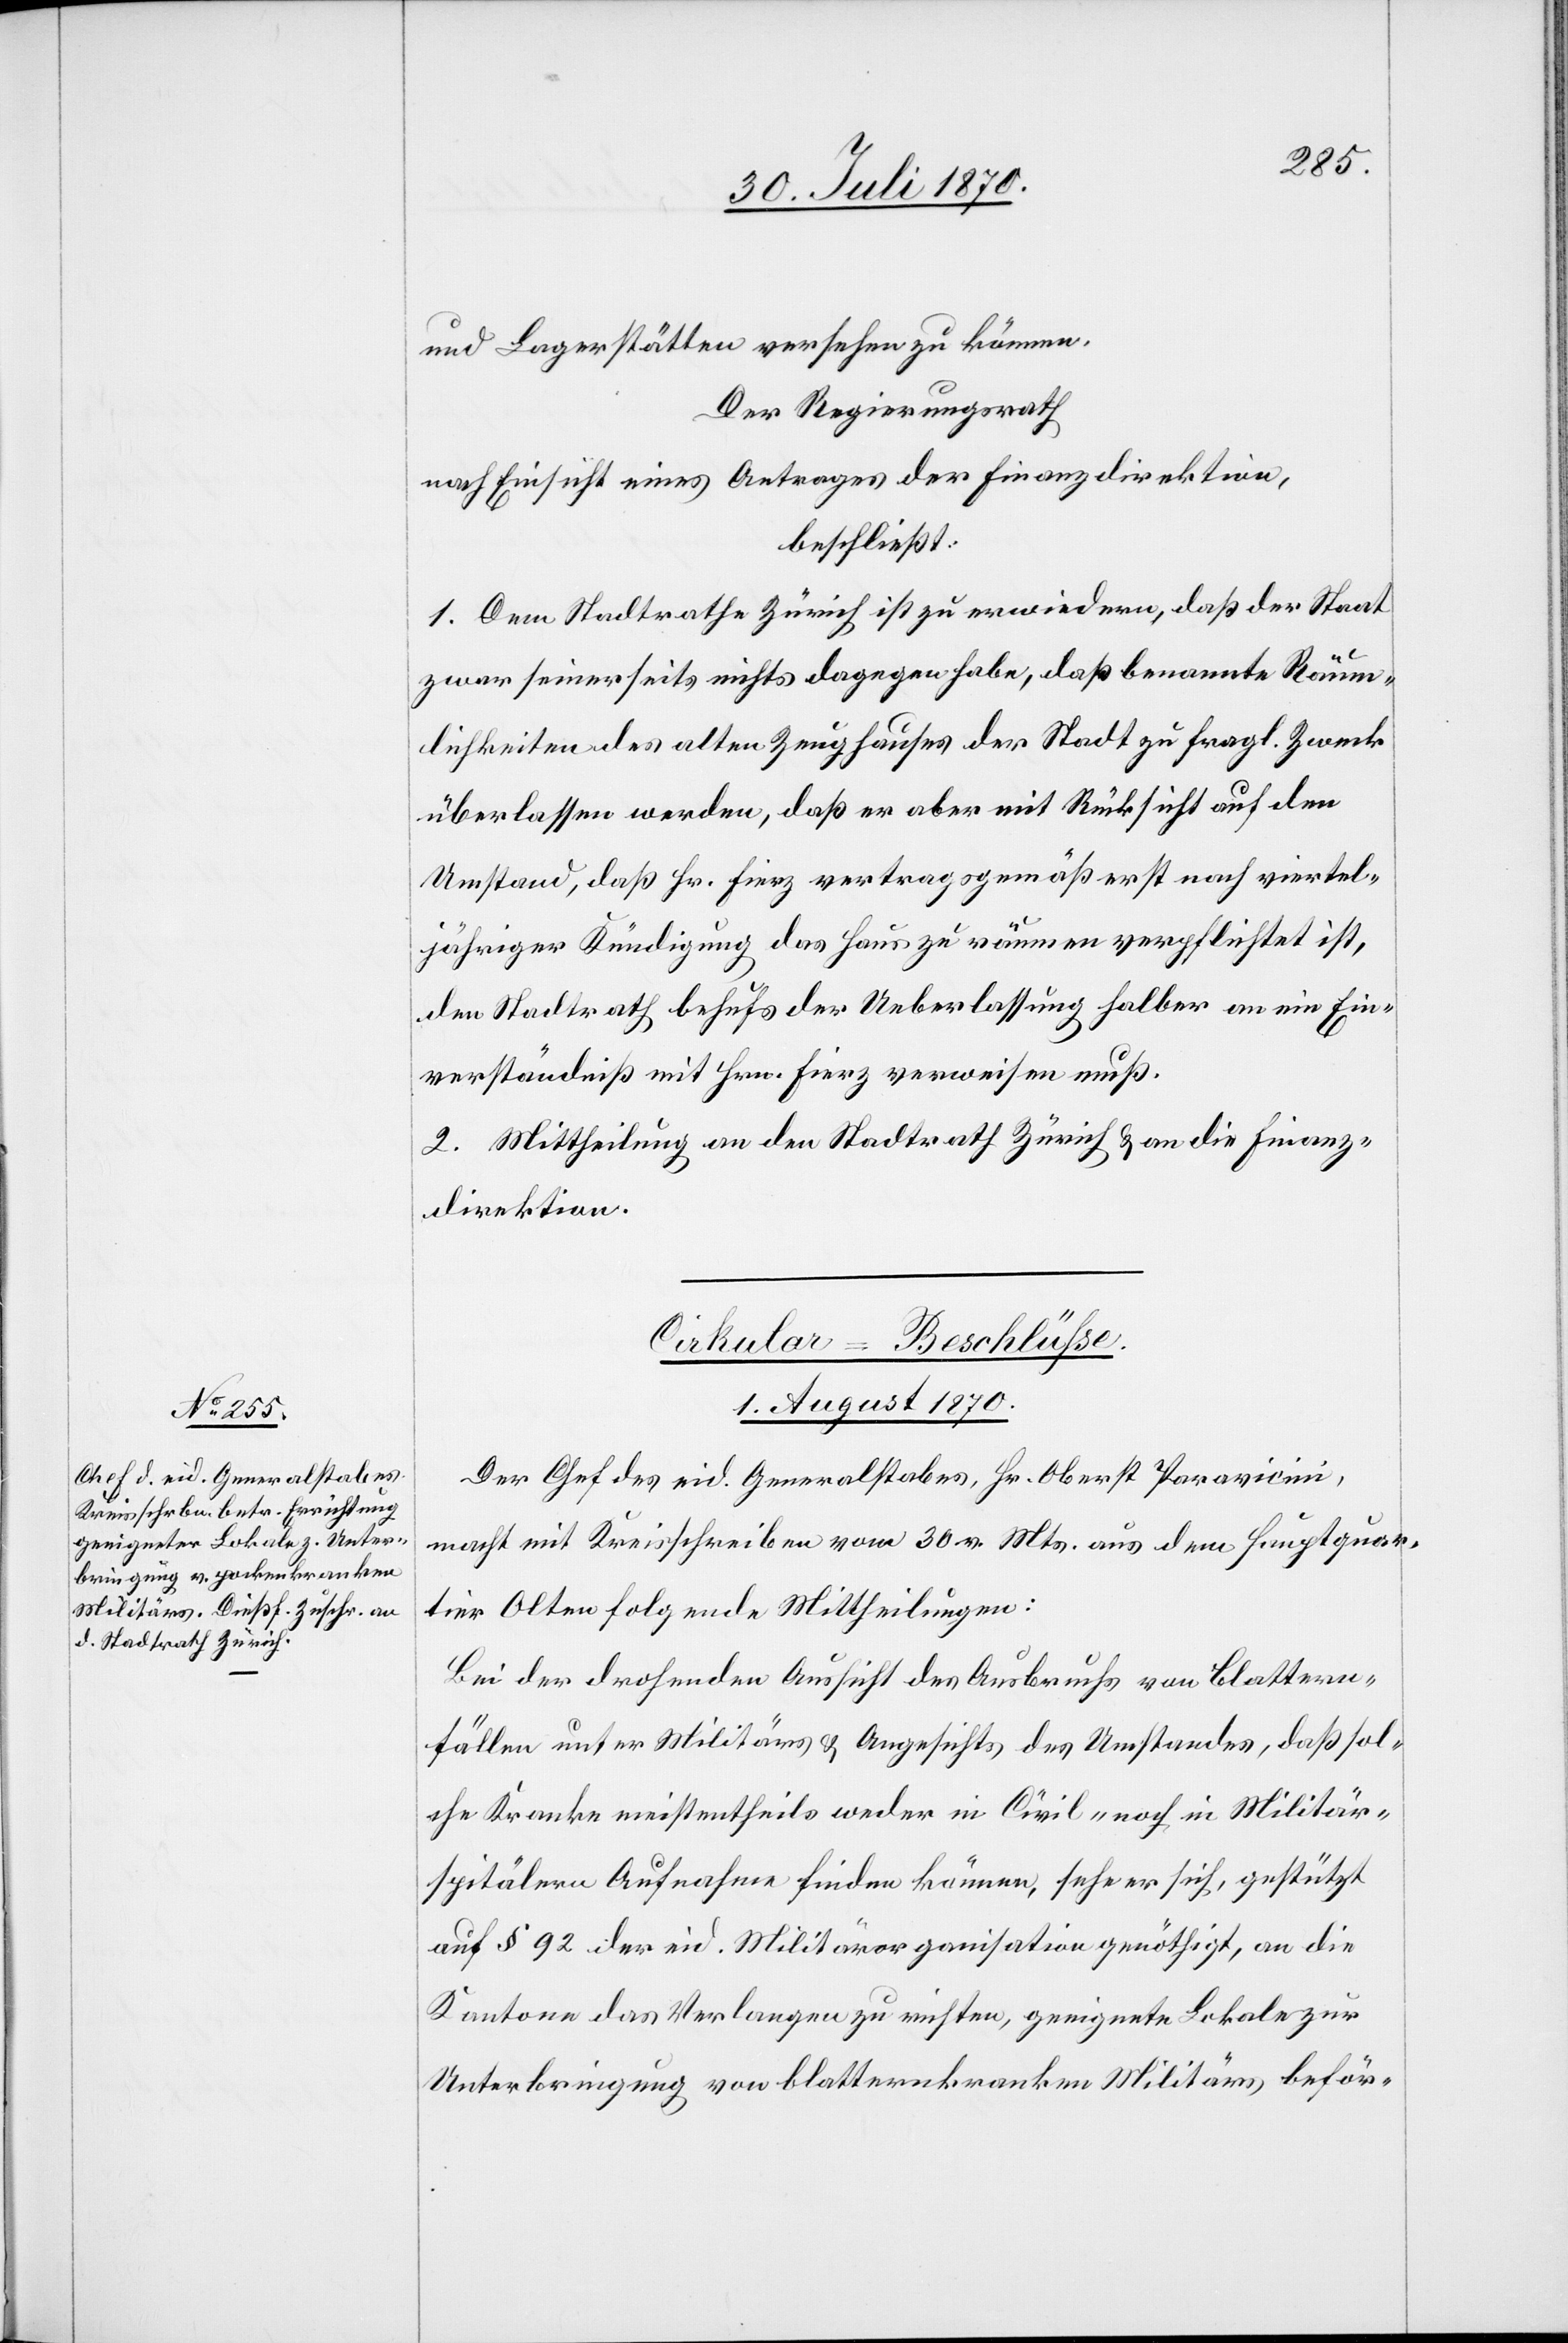
und Lagerstätten versehen zu können.
Der Regierungsrath
nach Einsicht eines Antrages der Finanzdirektion,
beschließt:
1. Dem Stadtrathe Zürich ist zu erwiedern, daß der Staat
zwar seinerseits nichts dagegen habe, daß benannte Räum¬
lichkeiten des alten Zeughauses der Stadt zu fragl. Zweck
überlassen werden, daß er aber mit Rücksicht auf den
Umstand, daß Hr. Fierz vertragsgemäß erst nach viertel¬
jährlicher Kündigung das Haus zu räumen verpflichtet ist,
den Stadtrath behufs der Ueberlassung halber an ein Ein¬
verständniß mit Hrn. Fierz verweisen muß.
2. Mittheilung an den Stadtrath Zürich & an die Finanz¬
direktion.
Cirkular-Beschlüsse.
1. August 1870.
Der Chef des eid. Generalstabes, Hr. Oberst Paravicini,
macht mit Kreisschreiben vom 30. v. Mts. aus dem Hauptquar¬
tier Olten folgende Mittheilungen:
Bei der drohenden Aussicht des Ausbruchs von Blattern¬
fällen unter Militärs & Angesichts des Umstandes, daß sol¬
che Kranke meistentheils wieder in Civil- noch in Militär¬
spitälern Aufnahme finden können, sehe er sich, gestützt
auf § 92 der eid. Militärorganisation genöthigt, an die
Kantone das Verlangen zu richten, geeignete Lokale zur
Unterbringung von blatternkranken Militärs beför-